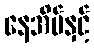
နေအိမ်နှင့်